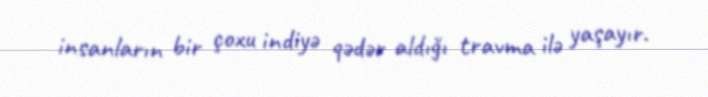
insanların bir çoxu indiyə qədər aldığı travma ilə yaşayır.